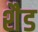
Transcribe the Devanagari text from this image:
शैड